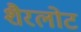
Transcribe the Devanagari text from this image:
शैरलोट